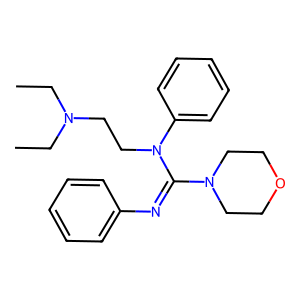
SMILES: CCN(CC)CCN(C(=Nc1ccccc1)N1CCOCC1)c1ccccc1
Inhibits HIV replication: No